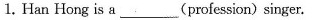
1.Han Hong is a___(profession)singer.